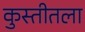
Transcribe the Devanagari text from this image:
कुस्तीतला